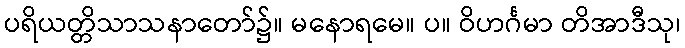
ပရိယတ္တိသာသနာတော်၌။ မနောရမေ။ ပ။ ဝိဟင်္ဂမာ တိအာဒီသု၊